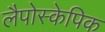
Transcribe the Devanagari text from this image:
लैपोस्केपिक